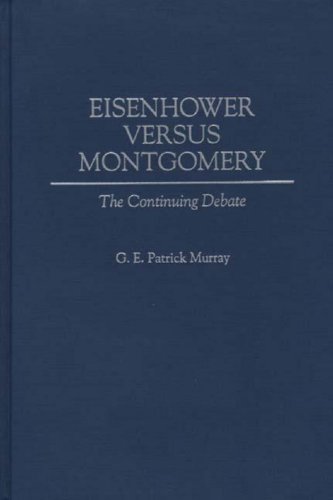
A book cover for Eisenhower Versus Montgomery: The Continuing Debate; G E P Murray; Biographies & Memoirs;